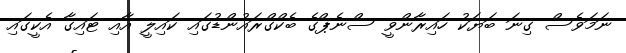
ނަމަވެސް ގިނަ ބަޔަކު ހައިރާންވީ ސްނެޕްގެ ބެކްގްރައުންޑުގައި ކައިލީ އާއި ޓައިގާ އެކީގައި